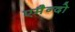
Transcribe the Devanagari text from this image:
एमैन्दो